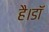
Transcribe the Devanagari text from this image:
है।डॉ